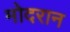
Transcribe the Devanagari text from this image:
मोदरान